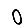
Digit: 0